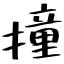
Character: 撞